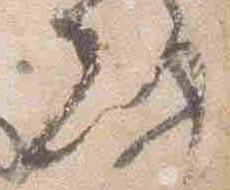
刻